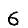
Digit: 6